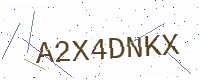
Text: A2X4DNKX